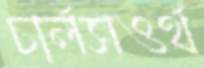
চার্লসওর্থ